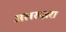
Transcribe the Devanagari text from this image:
अलख्ज़रा